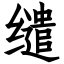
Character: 缱